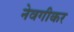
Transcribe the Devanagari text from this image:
नेवगीकर